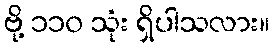
ဗို့ ၁၁၀ သုံး ရှိပါသလား။